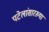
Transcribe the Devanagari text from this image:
पटेलांसारख्या